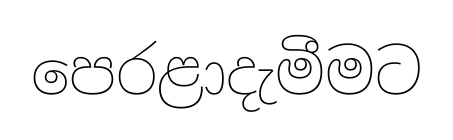
පෙරළාදැමීමට